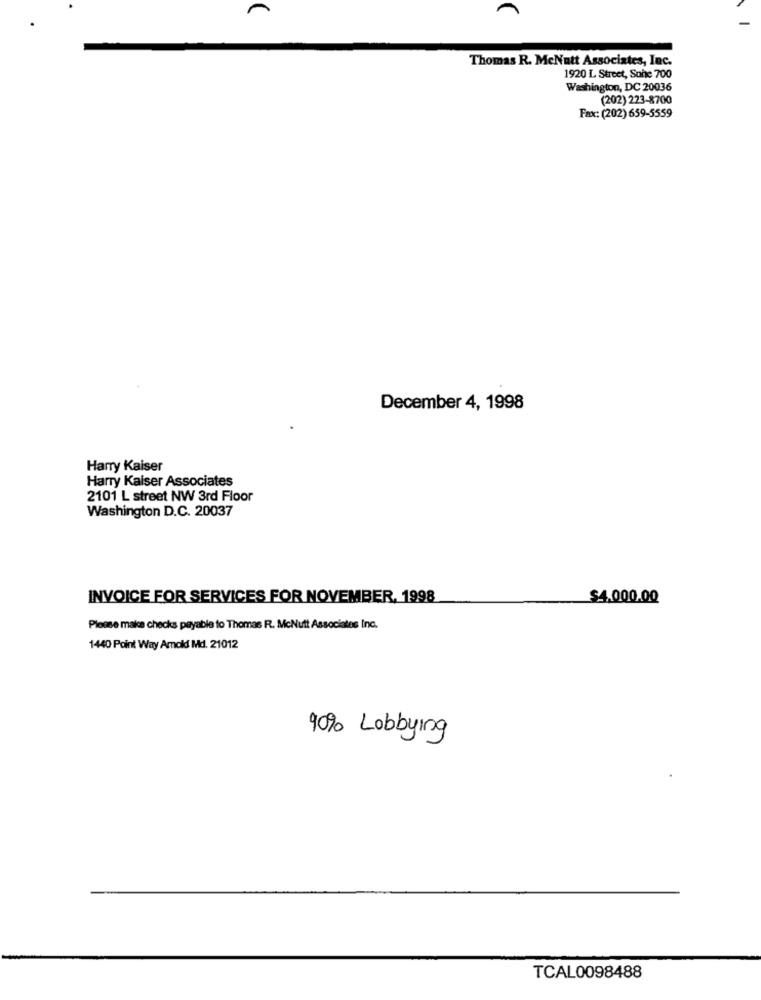
Thomas R. McNutt Associates, Inc.
1920 L Street, Sone 700
Washington, DC 20036
(202) 223-8700
Fax: (202) 659-5559
December 4, 1998
Harry Kaiser
Harry Kaiser Associates
2101 L street NW 3rd Floor
Washington D.C. 20037
INVOICE FOR SERVICES FOR NOVEMBER, 1998
$4.000.00
Please make checks payable to Thomas R. McNutt Associates Inc.
1440 Point Way Amold Md. 21012
90% Lobbying
TCAL0098488